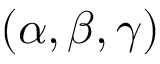
( \alpha , \beta , \gamma )